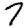
Digit: 7